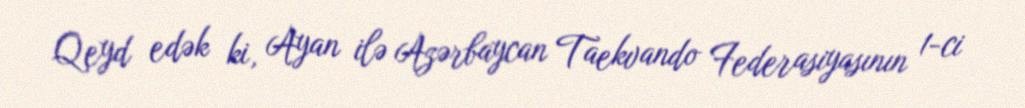
Qeyd edək ki, Ayan ilə Azərbaycan Taekvando Federasiyasının 1-ci